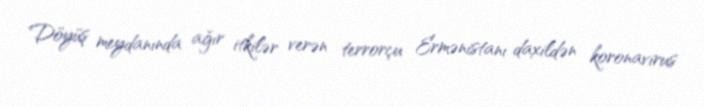
Döyüş meydanında ağır itkilər verən terrorçu Ermənistanı daxildən koronavirus